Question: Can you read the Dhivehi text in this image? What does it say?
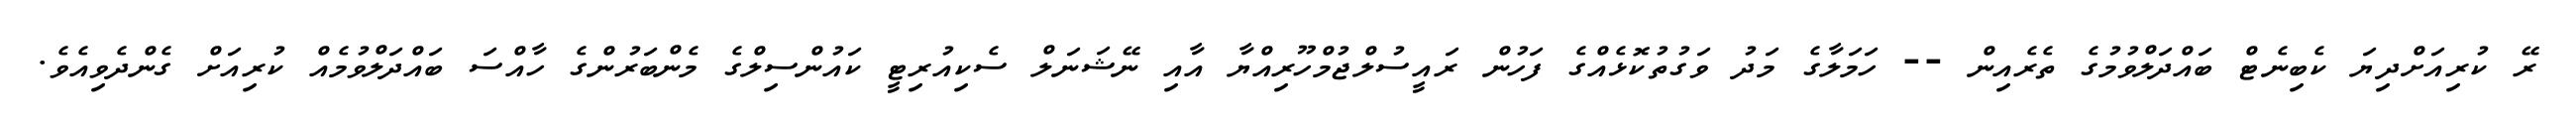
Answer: ރޭ ކުރިއަށްދިޔަ ކެބިނެޓް ބައްދަލްވުމުގެ ތެރެއިން -- ހަމަލާގެ މަދު ވަގުތުކޮޅެއްގެ ފަހުން ރައީސުލްޖުމްހޫރިއްޔާ އާއި ނޭޝަނަލް ސެކިއުރިޓީ ކައުންސިލްގެ މެންބަރުންގެ ހާއްސަ ބައްދަލްވުމެއް ކުރިއަށް ގެންދެވިއެވެ.